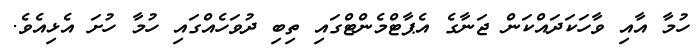
ހުމާ އާއި ވާހަކަދައްކަން ޖަނާގެ އެޕާޓްމެންޓްގައި ތިބި ދުވަހެއްގައި ހުމާ ހުށަ އެޅިއެވެ.